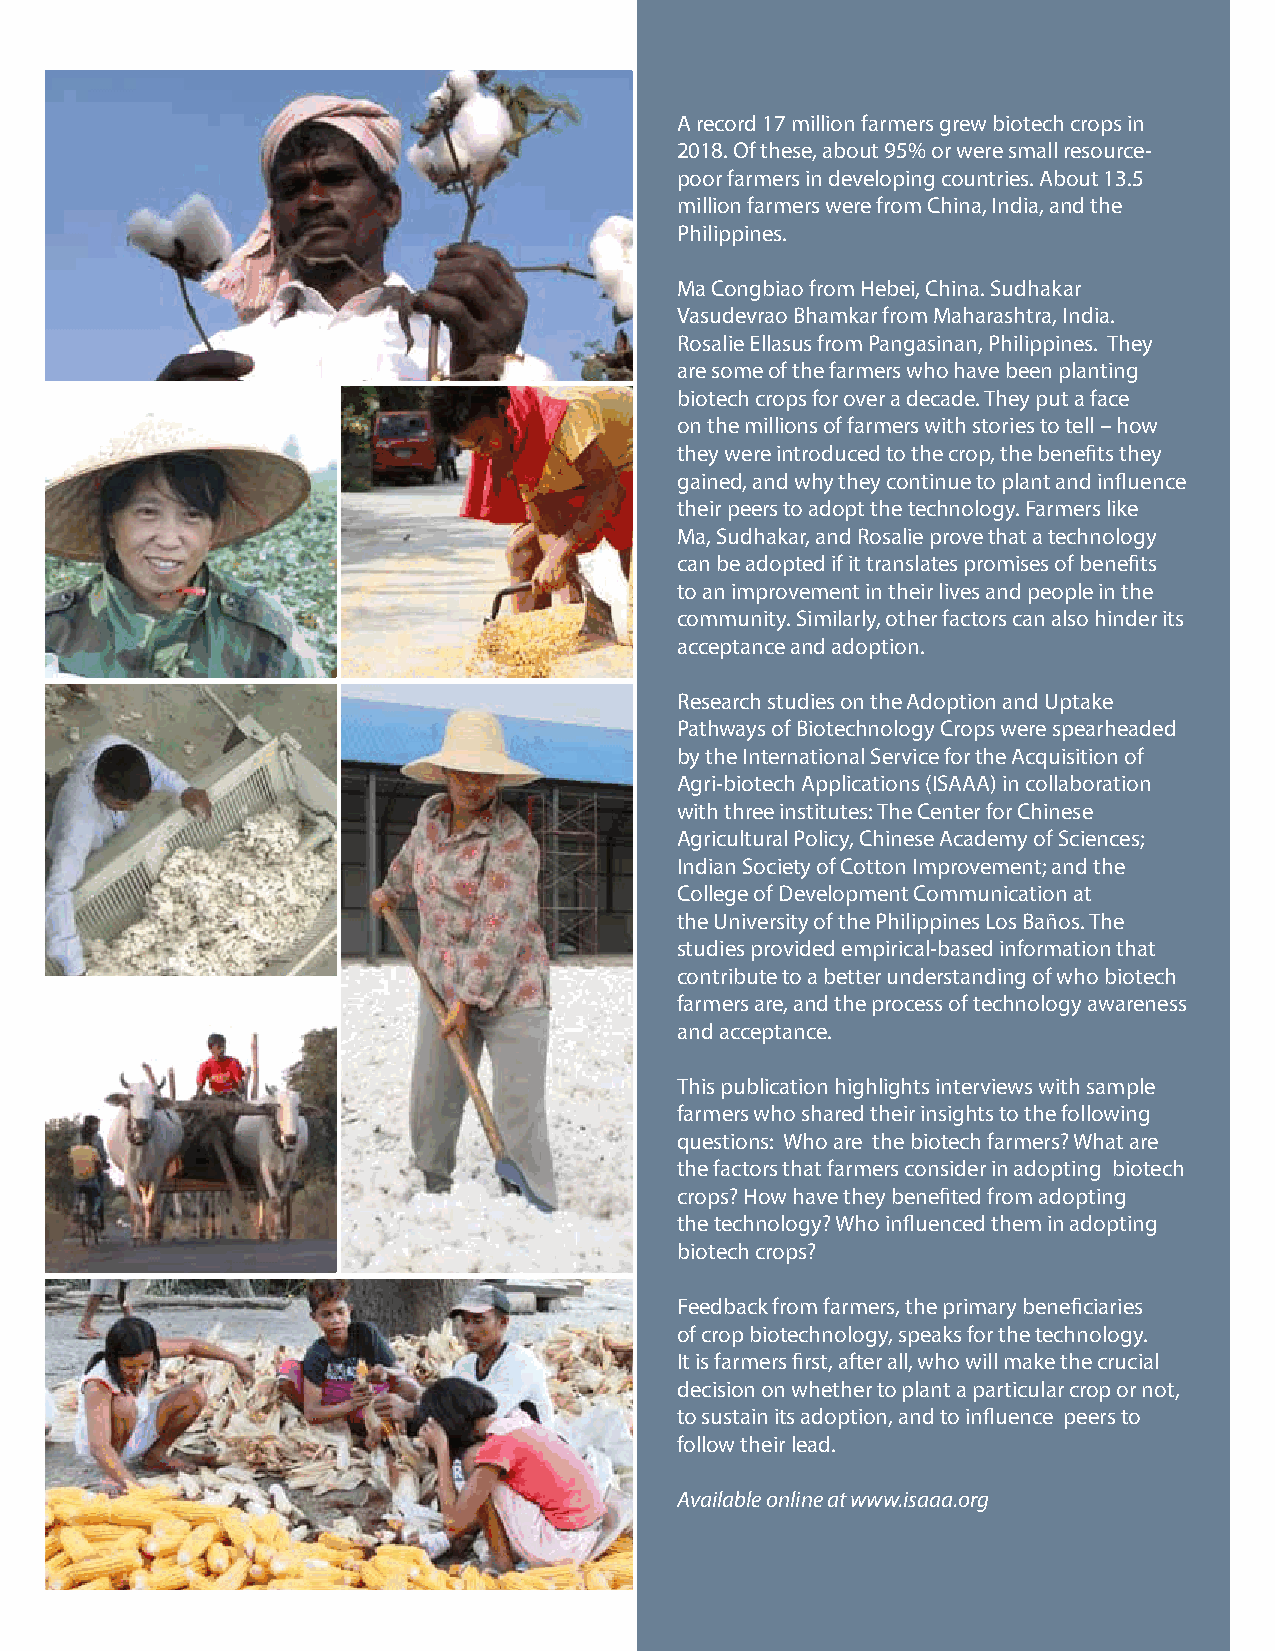
A record 17 million farmers grew biotech crops in
 2018. Of these, about 95% or were small resource-
 poor farmers in developing countries. About 13.5
 million farmers were from China, India, and the
 Philippines.
 Ma Congbiao from Hebei, China. Sudhakar
 Vasudevrao Bhamkar from Maharashtra, India.
 Rosalie Ellasus from Pangasinan, Philippines. They
 are some of the farmers who have been planting
 biotech crops for over a decade. They put a face
 on the millions of farmers with stories to tell – how
 they were introduced to the crop, the benefits they
 gained, and why they continue to plant and influence
 their peers to adopt the technology. Farmers like
 Ma, Sudhakar, and Rosalie prove that a technology
 can be adopted if it translates promises of benefits
 to an improvement in their lives and people in the
 community. Similarly, other factors can also hinder its
 acceptance and adoption.
 Research studies on the Adoption and Uptake
 Pathways of Biotechnology Crops were spearheaded
 by the International Service for the Acquisition of
 Agri-biotech Applications (ISAAA) in collaboration
 with three institutes: The Center for Chinese
 Agricultural Policy, Chinese Academy of Sciences;
 Indian Society of Cotton Improvement; and the
 College of Development Communication at
 the University of the Philippines Los Baños. The
 studies provided empirical-based information that
 contribute to a better understanding of who biotech
 farmers are, and the process of technology awareness
 and acceptance.
 This publication highlights interviews with sample
 farmers who shared their insights to the following
 questions: Who are the biotech farmers? What are
 the factors that farmers consider in adopting biotech
 crops? How have they benefited from adopting
 the technology? Who influenced them in adopting
 biotech crops?
 Feedback from farmers, the primary beneficiaries
 of crop biotechnology, speaks for the technology.
 It is farmers first, after all, who will make the crucial
 decision on whether to plant a particular crop or not,
 to sustain its adoption, and to influence peers to
 follow their lead.
 Available online at www.isaaa.org